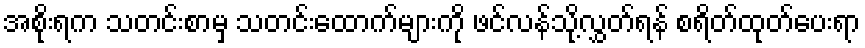
အစိုးရက သတင်းစာမှ သတင်းထောက်များကို ဖင်လန်သို့လွှတ်ရန် စရိတ်ထုတ်ပေးရာ